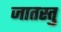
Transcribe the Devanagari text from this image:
जातस्तु